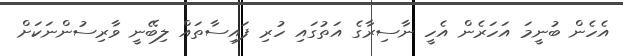
އެހެން ބުނީމަ އަހަރެން އެހީ ނާސިރާގެ އަތުގައި ހުރި ފައިސާތައް ލިބޭނީ ވާރިސުންނަކަށް